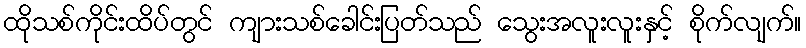
ထိုသစ်ကိုင်းထိပ်တွင် ကျားသစ်ခေါင်းပြတ်သည် သွေးအလူးလူးနှင့် စိုက်လျက်။